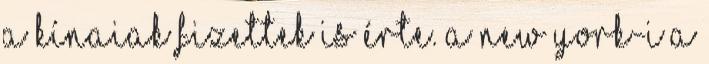
a kínaiak fizettek is érte. A New York-i a